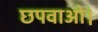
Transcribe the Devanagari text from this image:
छपवाओ।